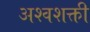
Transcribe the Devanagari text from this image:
अश्‍वशक्ती